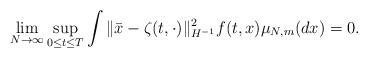
LaTeX: \begin{align*}\lim_{N \to \infty} \sup_{0 \leq t \leq T} \int \| \bar{x} - \zeta (t, \cdot) \|_{H^{-1}}^2 f(t,x) \mu_{N,m} (dx) =0.\end{align*}